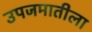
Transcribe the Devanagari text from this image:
उपजमातीला